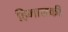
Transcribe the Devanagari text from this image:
हिमालकी